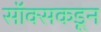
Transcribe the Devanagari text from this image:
सॉक्सकडून